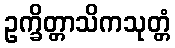
ဥက္ခိတ္တာသိကသုတ္တံ